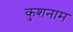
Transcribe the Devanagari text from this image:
कुशनाम